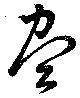
尽